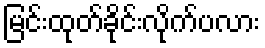
မြင်းထုတ်ခိုင်းလိုက်ပလား